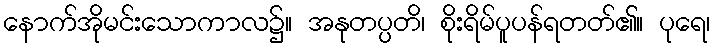
နောက်အိုမင်းသောကာလ၌။ အနုတပ္ပတိ၊ စိုးရိမ်ပူပန်ရတတ်၏။ ပုရေ၊